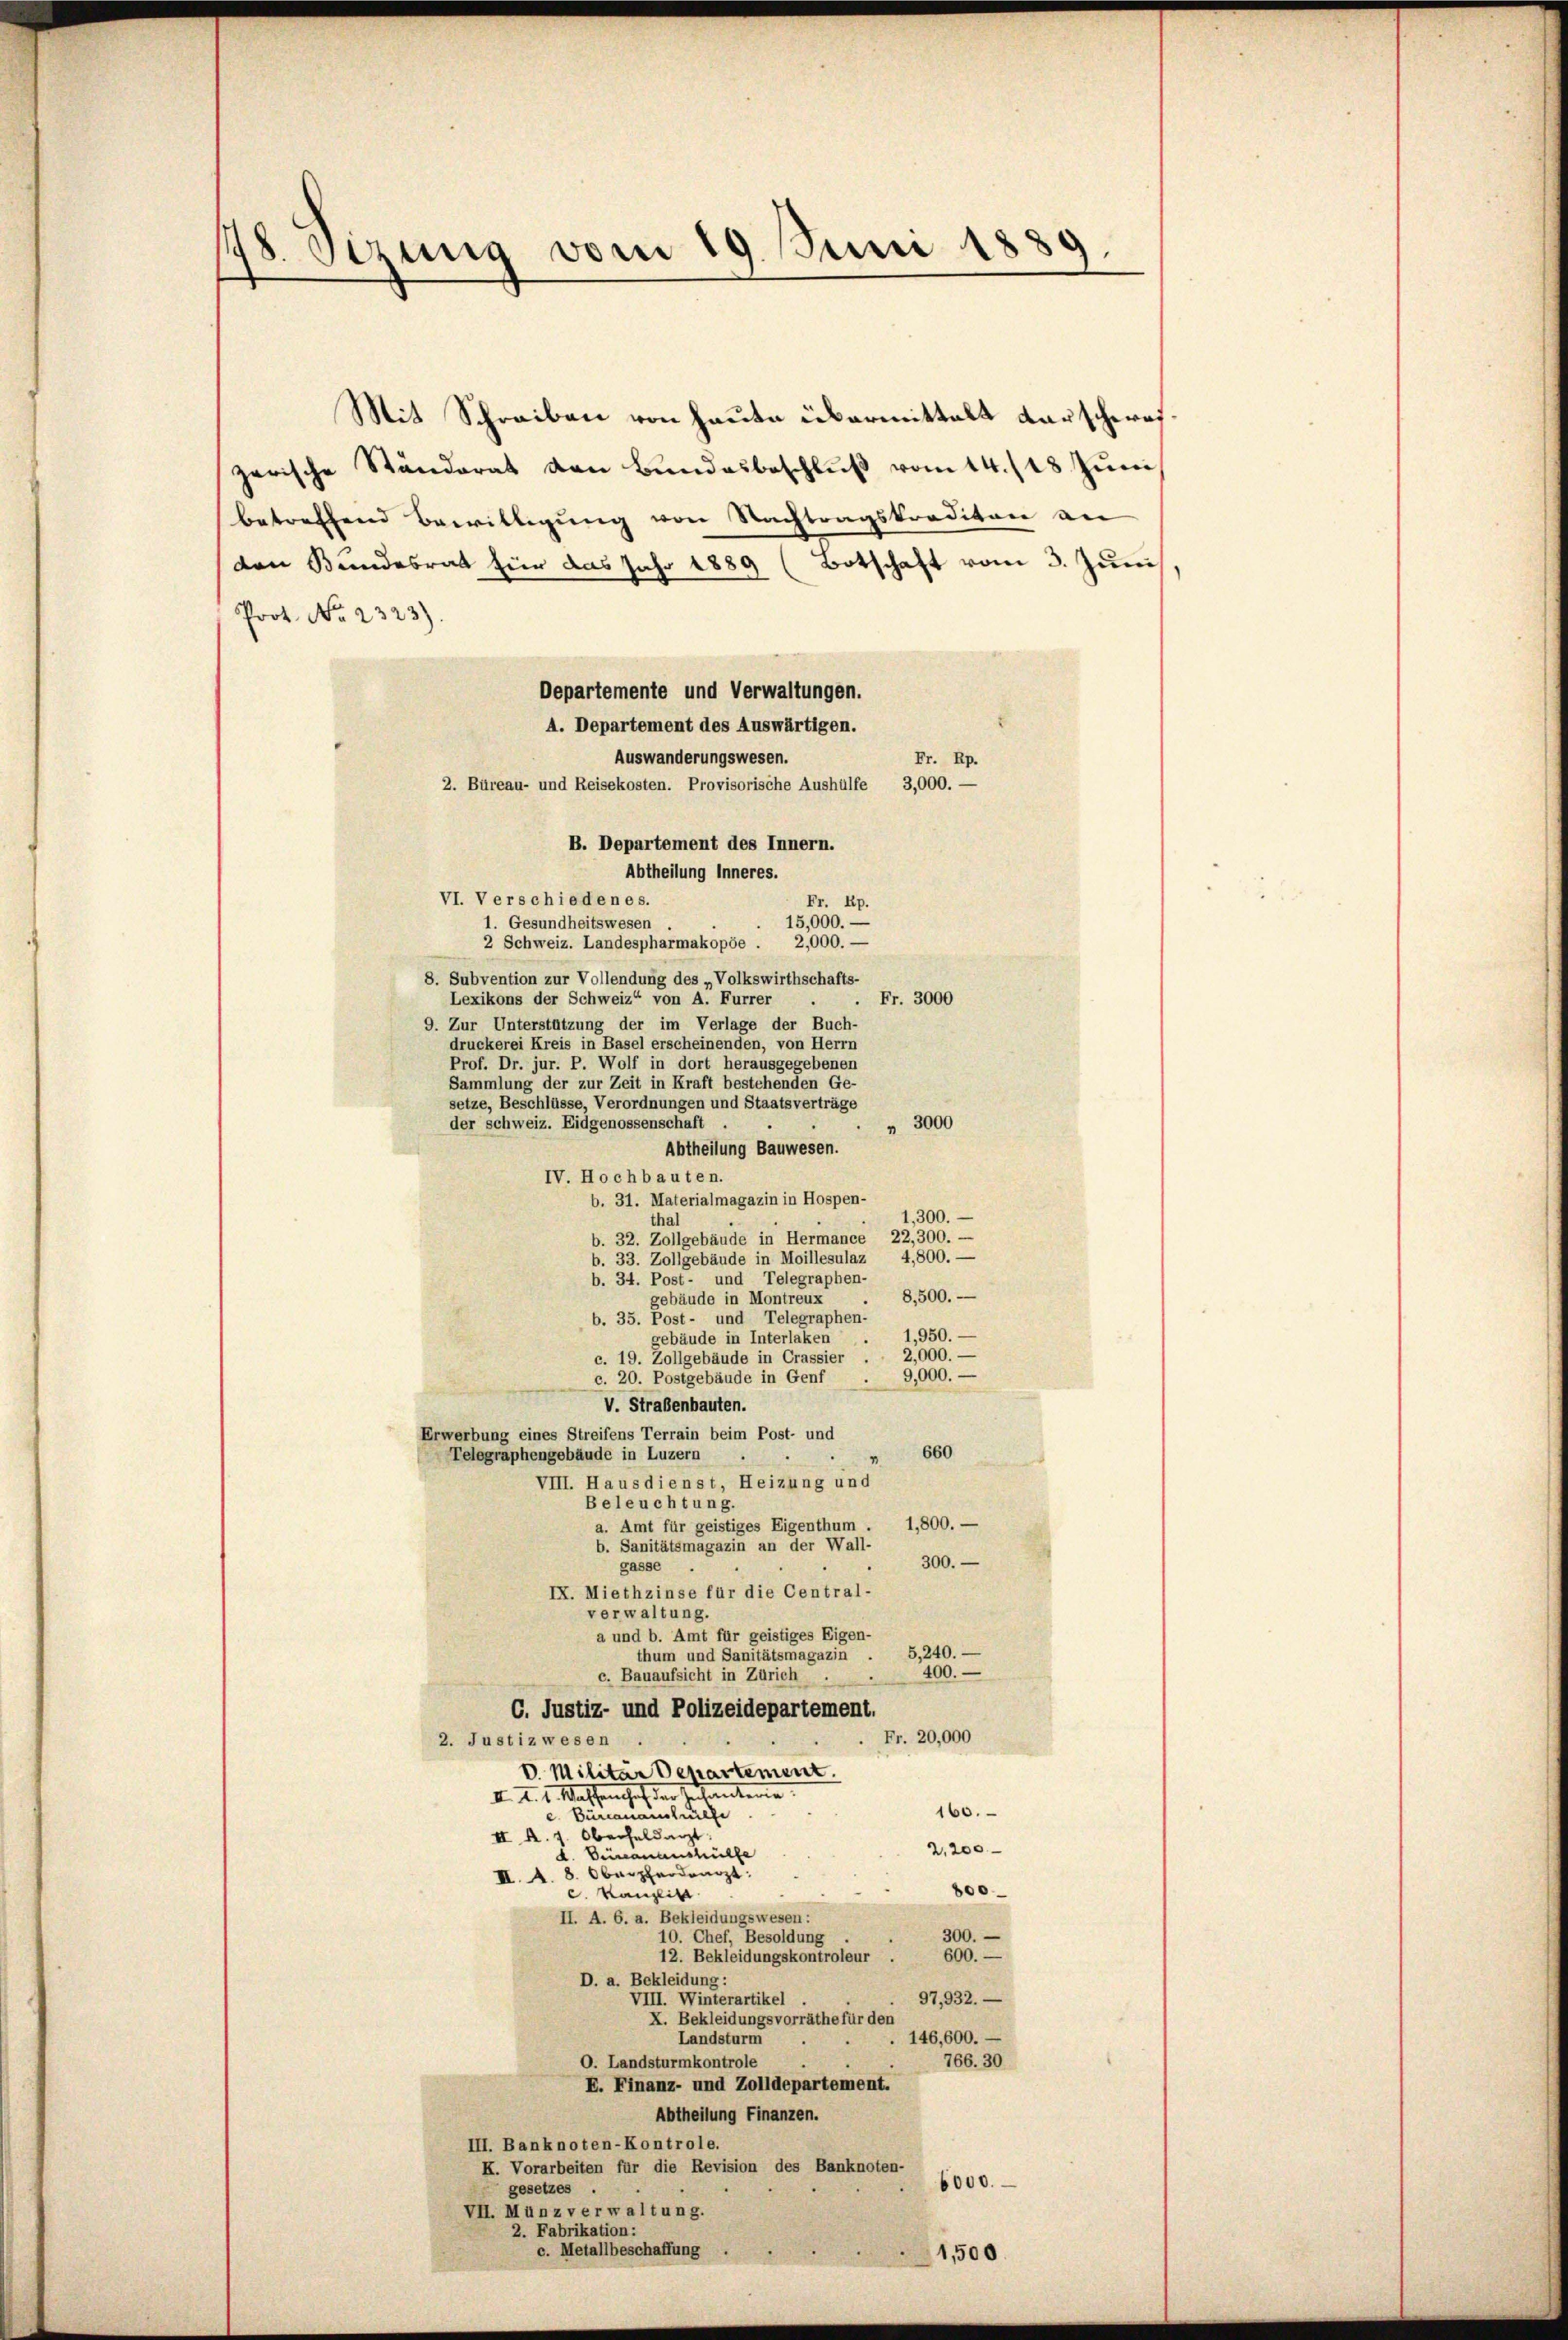
18. Sizung vom 19. Juni 1889.

Mit Schreiben von heute übermittalt darschereizerische Ständerat den Bundesbeschlŭβ vom 14./18. Juni
betreffend Bewilligung von Nachtragskrediton an
(den Bundesrat für das Jahr 1889 (Botschaft vom 3. Juni
Poot. No. 2323).
Departemente und Verwaltungen.
A. Departement des Auswärtigen.
Auswanderungswesen.
Fr. Rp.
2. Büreau- und Reisekosten. Provisorische Aushülfe 3,000. -
B. Departement des Innern.
VI. Verschiedenes.
Fr. Rp.
15,000. —
1. Gesundheitswesen
2 Schweiz. Landespharmakopöe . 2,000. —
8. Subvention zur Vollendung des „Volkswirthschafts-
Lexikons der Schweiz“ von A. Furrer
Fr. 3000
r
9. Zur Unterstützung der im Verlage der Buch-
druckerei Kreis in Basel erscheinenden, von Herrn
Prof. Dr. jur. P. Wolf in dort herausgegebenen
Sammlung der zur Zeit in Kraft bestehenden Ge-
setze, Beschlüsse, Verordnungen und Staatsverträge
der Schweiz. Eidgenossenschaft
" 3000
Abtheilung Bauwesen.
IV. Hochbauten.
b. 31. Materialmagazin in Hospen-
1,300.
thal
b. 32. Zollgebäude in Hermance 22,300. —
b. 33. Zollgebäude in Moillesulaz 4,800. —
b. 34. Post- und Telegraphen-
8,500. —
gebäude in Montreux
b. 35. Post- und Telegraphen-
1,950. —
gebäude in Interlaken
c. 19. Zollgebäude in Crassier . . 2,000. —
9,000.
c. 20. Postgebäude in Genf
V. Straßenbauten.
Erwerbung eines Streifens Terrain beim Post- und
660
Telegraphengebäude in Luzern
VIII. Haus dienst, Heizung und
Beleuchtung.
a. Amt für geistiges Eigenthum . 1,800. —
b. Sanitätsmagazin an der Wall-
300.
gasse
IX. Miethzinse für die Central-
verwaltung.
a und b. Amt für geistiges Eigen-
5,240.
thum und Sanitätsmagazin
400.
c. Bauaufsicht in Zürich
C. Justiz- und Polizeidepartement.
Fr. 20,000
2. Justizwesen
V. Militär Departement.
I. A. 1. Wassenhof der Gesandten.
160.
c. Bürcanainhülfe
II. A. g. Oberheldarzt.
2,200
d. Beiseanaushülfe
II. A. 8. Oberpherdanzt:
800
c. Kanzlic
II. A. 6. a. Bekleidungswesen:
300.
10. Chef, Besoldung
600.
12. Bekleidungskontroleur
D. a. Bekleidung:
97,932.
VIII. Winterartikel
X. Bekleidungsvorräthe für den
146,600.
Landsturm
O. Landsturmkontrole
766. 30
E. Finanz- und Zolldepartement.
Abtheilung Finanzen.
III. Banknoten-Kontrole.
K. Vorarbeiten für die Revision des Banknoten-
6000.
gesetzes .
VII. Münz verwaltung.
2. Fabrikation:
c. Metallbeschaffung
1,500

Abtheilung inneres.